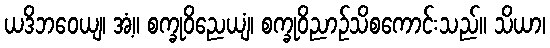
ယဒိဘဝေယျ၊ အံ့။ စက္ခုဝိညေယျံ၊ စက္ခုဝိညာဉ်သိစကောင်းသည်။ သိယာ၊